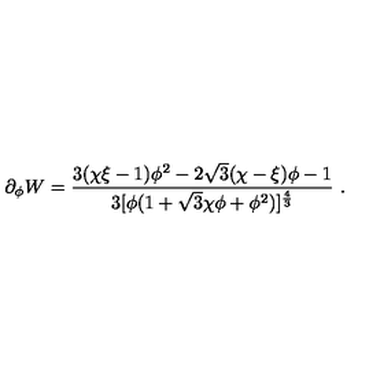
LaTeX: \partial _ { \phi } W = { \frac { 3 ( \chi \xi - 1 ) \phi ^ { 2 } - 2 \sqrt { 3 } ( \chi - \xi ) \phi - 1 } { 3 [ \phi ( 1 + \sqrt { 3 } \chi \phi + \phi ^ { 2 } ) ] ^ { \frac { 4 } { 3 } } } } \ .